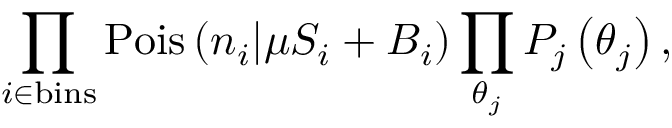
\prod _ { i \in \mathrm { b i n s } } \mathrm { P o i s } \left( n _ { i } | \mu S _ { i } + B _ { i } \right) \prod _ { \theta _ { j } } P _ { j } \left( \theta _ { j } \right) ,